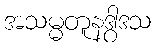
အသမ္မတူနဒွါဒသ